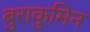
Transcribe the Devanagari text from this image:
बुराकुमिन